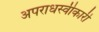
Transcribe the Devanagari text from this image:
अपराधस्वीकारी